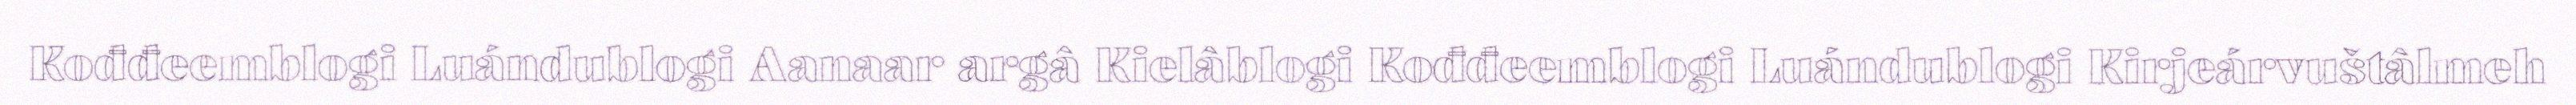
Kođđeemblogi Luándublogi Aanaar argâ Kielâblogi Kođđeemblogi Luándublogi Kirjeárvuštâlmeh